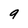
Character: 9